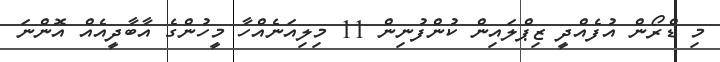
މި ޑްރޯން އުފެއްދީ ޒިޕްލައިން ކުންފުނިން 11 މިލިއަނެއްހާ މީހުންގެ އާބާދީއެއް އޮންނަ